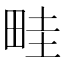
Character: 畦